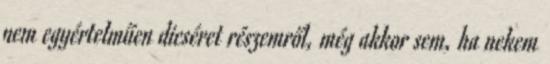
nem egyértelműen dicséret részemről, még akkor sem, ha nekem